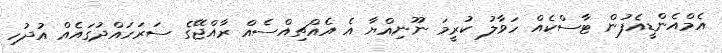
އެމްއެންޑީއެފުން ޓާސްކެއް ހަވާލު ކުރީމަ ނޫނިއްޔާ އެ އެއްޗިއްސެއް ރާއްޖޭގެ ސަރަހައްދުގައެއް އުދުހި